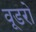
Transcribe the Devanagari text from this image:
वूडरो